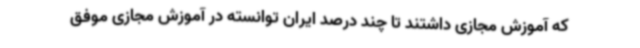
که آموزش مجازی داشتند تا چند درصد ایران توانسته در آموزش مجازی موفق